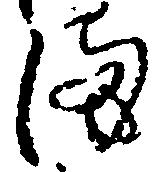
ま